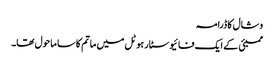
وشال کا ڈرامہ
ممبئی کے ایک فائیو سٹار ہوٹل میں ماتم کا سا ماحول تھا۔